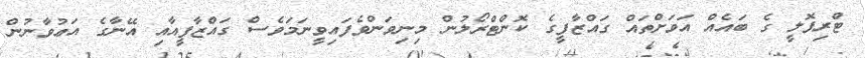
ޓްރިޕޮލީ ގެ ބައެއް އަވަށްތައް ގައްޒާފީގެ ކޮންޓްރޯލުން މިނިވަންވެފައިވީނަމަވެސް ގައްޒާފީއާއި އޭނާގެ އަޢުވާނުން